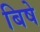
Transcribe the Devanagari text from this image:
बिषे